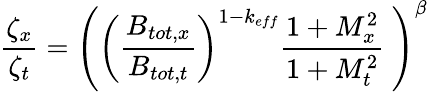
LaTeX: \frac{\zeta_{x}}{\zeta_{t}}=\left(\left(\frac{B_{tot,x}}{B_{tot,t}}\right)^{1-k_{eff}}\frac{1+M_{x}^{2}}{1+M_{t}^{2}}~\right)^{\beta}